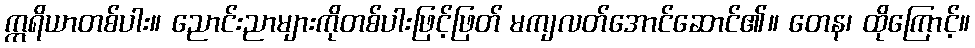
ဣရိယာတစ်ပါး။ ညောင်းညာများကိုတစ်ပါးဖြင့်ဖြတ် မကျလတ်အောင်ဆောင်၏။ တေန၊ ထိုကြောင့်။